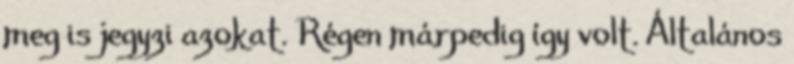
meg is jegyzi azokat. Régen márpedig így volt. Általános